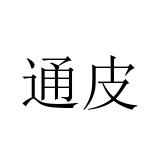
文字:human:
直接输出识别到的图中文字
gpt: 通皮